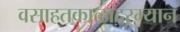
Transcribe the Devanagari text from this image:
वसाहतकाळादरम्यान